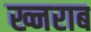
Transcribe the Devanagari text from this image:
ख्नराब